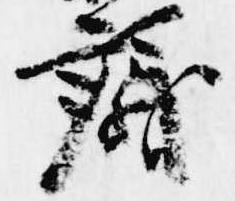
議